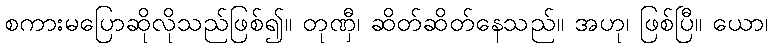
စကားမပြောဆိုလိုသည်ဖြစ်၍။ တုဏှီ၊ ဆိတ်ဆိတ်နေသည်။ အဟု၊ ဖြစ်ပြီ။ ယော၊